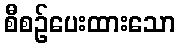
စီစဉ်ပေးထားသော